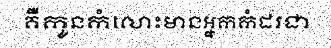
គឺកូនកំលោះមានអ្នកកំដរជា